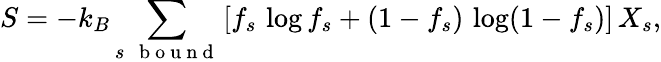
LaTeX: S=-k_{B}\sum_{s\mathrm{~\, ~b~o~u~n~d~}}\left[f_{s}\, \log f_{s}+(1-f_{s})\, \log(1-f_{s})\right]\, X_{s},